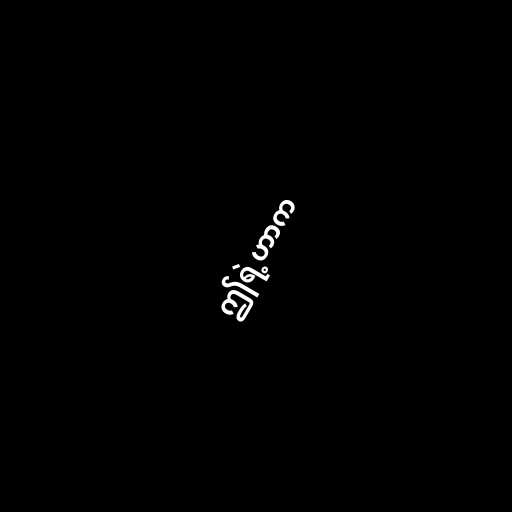
ဤရဲ့ဟာက